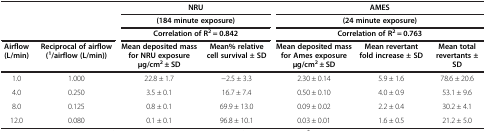
| <COLSPAN=2>  | <COLSPAN=2> NRU | <COLSPAN=3> AMES |
 | <COLSPAN=2>  | <COLSPAN=2> (184 minute exposure) | <COLSPAN=3> (24 minute exposure) |
 | <COLSPAN=2>  | <COLSPAN=2> Correlation of R2 = 0.842 | <COLSPAN=3> Correlation of R2 = 0.763 |
 | Airflow (L/min) | Reciprocal of airflow (1/airflow (L/min)) | Mean deposited mass for NRU exposure μg/cm2 ± SD | Mean% relative cell survival ± SD | Mean deposited mass for Ames exposure μg/cm2 ± SD | Mean revertant fold increase ± SD | Mean total revertants ± SD |
 | --- | --- | --- | --- | --- | --- | --- |
 | 1.0 | 1.000 | 22.8 ± 1.7 | −2.5 ± 3.3 | 2.30 ± 0.14 | 5.9 ± 1.6 | 78.6 ± 20.6 |
 | 4.0 | 0.250 | 3.5 ± 0.1 | 16.7 ± 7.4 | 0.50 ± 0.10 | 4.0 ± 0.9 | 53.1 ± 9.6 |
 | 8.0 | 0.125 | 0.8 ± 0.1 | 69.9 ± 13.0 | 0.09 ± 0.02 | 2.2 ± 0.4 | 30.2 ± 4.1 |
 | 12.0 | 0.080 | 0.1 ± 0.1 | 96.8 ± 10.1 | 0.03 ± 0.01 | 1.6 ± 0.5 | 21.2 ± 5.0 |